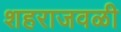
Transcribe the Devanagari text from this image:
शहराजवळी